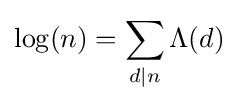
\log(n)=\sum _{d\mid n}\Lambda (d)